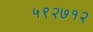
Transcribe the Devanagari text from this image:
५९२७१२